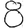
Digit: 8